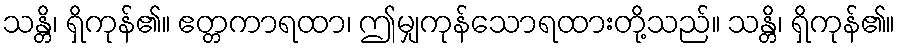
သန္တိ၊ ရှိကုန်၏။ ဧတ္တကာရထာ၊ ဤမျှကုန်သောရထားတို့သည်။ သန္တိ၊ ရှိကုန်၏။